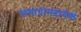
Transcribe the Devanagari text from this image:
समाधानदायक